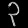
Digit: ၃